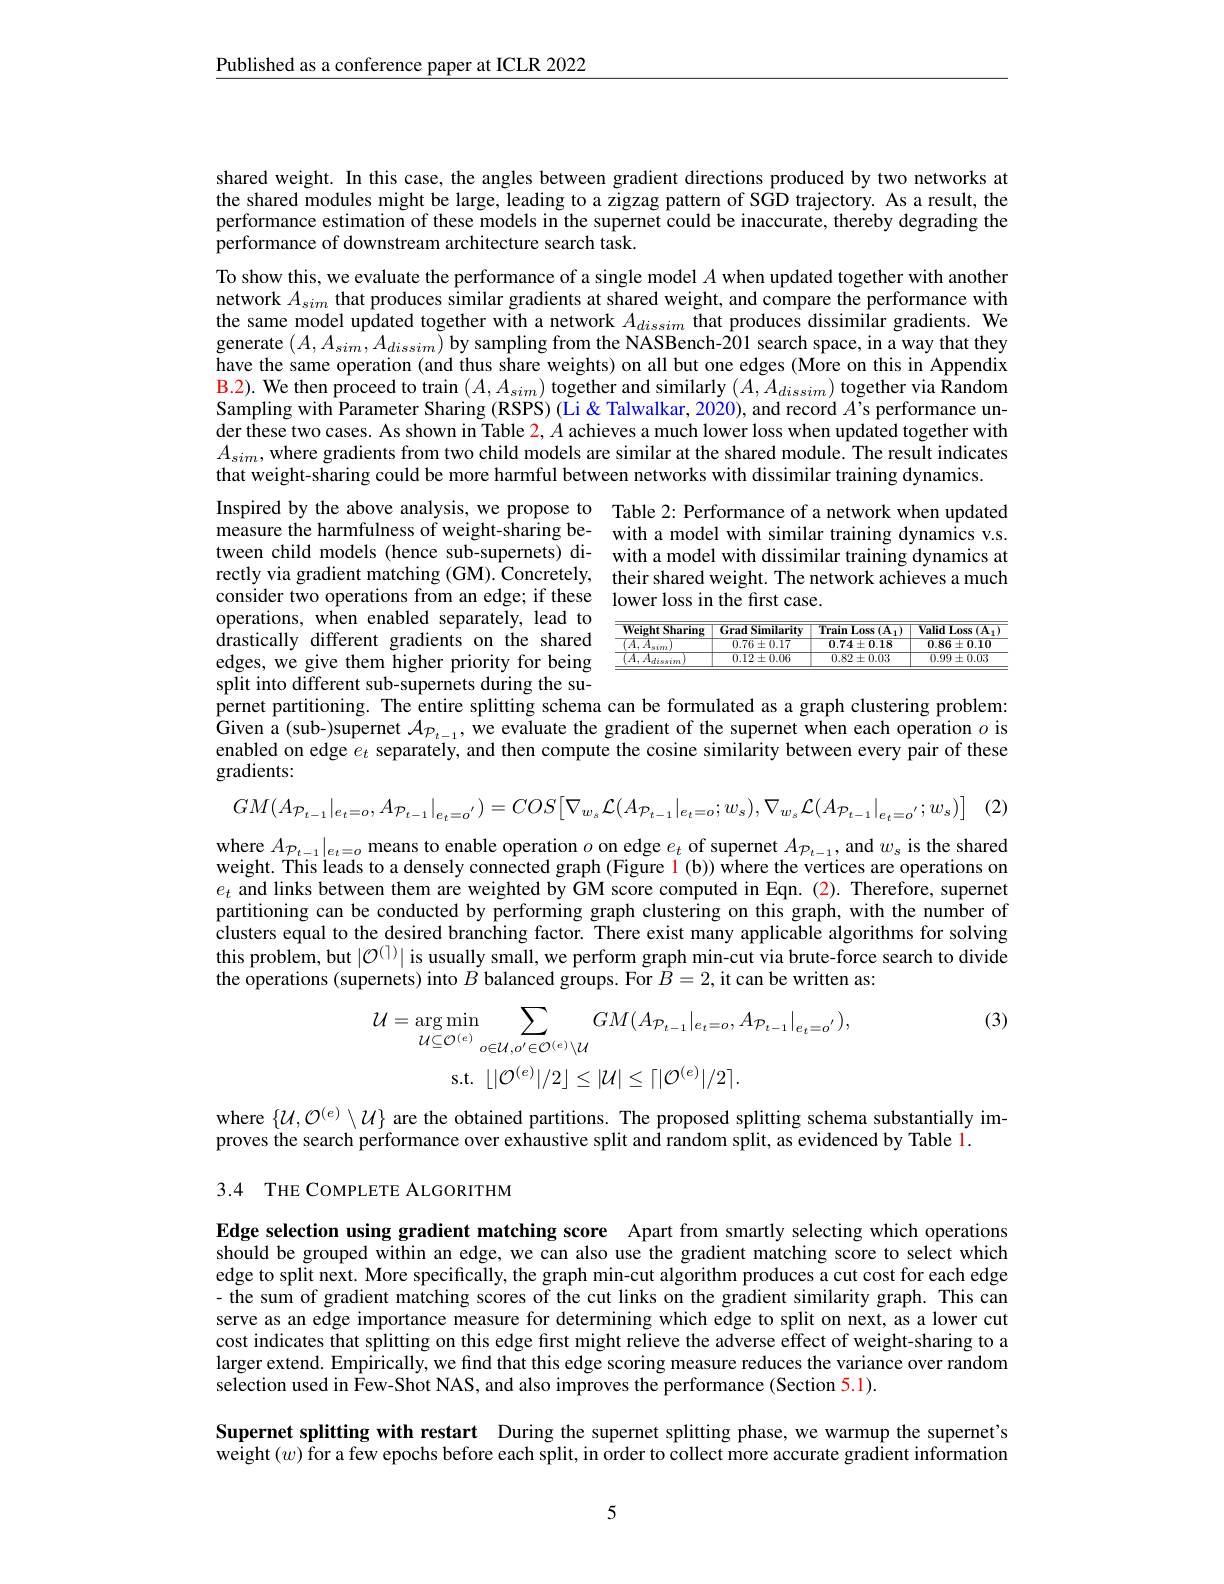
Published as a conference paper at ICLR 2022

shared weight. In this case, the angles between gradient directions produced by two networks at the shared modules might be large, leading to a zigzag pattern of SGD trajectory. As a result, the performance estimation of these models in the supernet could be inaccurate, thereby degrading the performance of downstream architecture search task.

To show this, we evaluate the performance of a single model $A$ when updated together with another network $A_{sim}$ that produces similar gradients at shared weight, and compare the performance with the same model updated together with a network $A_{dissim}$ that produces dissimilar gradients. We generate $(A,A_{sim},A_{dissim})$ by sampling from the NASBench-201 search space, in a way that they have the same operation (and thus share weights) on all but one edges (More on this in Appendix B.2). We then proceed to train $(A,A_{sim})$ together and similarly $(A,A_{dissim})$ together via Random Sampling with Parameter Sharing (RSPS) (Li& Talwalkar, 2020), and record $A^{\prime}$s performance under these two cases. As shown in Table $\color{red}2,A$ achieves a much lower loss when updated together with $A_{sim}$,where gradients from two child models are similar at the shared module. The result indicates that weight-sharing could be more harmful between networks with dissimilar training dynamics.

Inspired by the above analysis, we propose to Table 2: Performance of a network when updated measure the harmfulness of weight-sharing be- with a model with similar training dynamics v.s. tween child models (hence sub-supernets) di- with a model with dissimilar training dynamics at rectly via gradient matching (GM). Concretely, their shared weight. The network achieves a much consider two operations from an edge; if these lower loss in the first case.

operations, when enabled separately, lead to drastically different gradients on the shared edges, we give them higher priority for being split into different sub-supernets during the supernet partitioning. The entire splitting schema can be formulated as a graph clustering problem: Given a (sub-)supernet $\mathcal{A}_{\mathcal{P}_{t-1}}$, we evaluate the gradient of the supernet when each operation $o$ is enabled on edge $e_t$ separately, and then compute the cosine similarity between every pair of these

<table>
	<tbody>
		<tr>
			<th>Weight Sharing</th>
			<th>Grad Similarity</th>
			<th>Train Loss $(A_{1})$ 2</th>
			<th>Valid Loss $\overline{:(\mathbf{A}_{\mathrm{j}}}$</th>
		</tr>
		<tr>
			<td> </td>
			<td>$0.76\pm0.17$</td>
			<td>$\mathbf{0.74\pm0.18}$</td>
			<td>$0.86\pm0.10$</td>
		</tr>
		<tr>
			<td>$d_{issim}$ </td>
			<td>$0.12\pm0.06$</td>
			<td>$0.82\pm0.03$</td>
			<td>$0.99\pm0.03$</td>
		</tr>
	</tbody>
</table>

gradients:

$GM( Ap_{t- 1}| _{e_t= o}, Ap_{t- 1}| _{e_t= o^{\prime }}) = COS\left [ \nabla _{w_s}\mathcal{L} ( Ap_{t- 1}| _{e_t= o}; w_s) , \nabla _{w_s}\mathcal{L} ( Ap_{t- 1}| _{e_t= o^{\prime }}; w_s) \right ]$ (2)

where $A_{\mathcal{P}_{t-1}}|_{e_{t}=o}$ means to enable operation $o$ on edge $e_t$ of supernet $A_{\mathcal{P}_{t-1}}$, and $w_s$ is the shared weight. This leads to a densely connected graph (Figure $\color{red}{\color{red}{1}}($b)) where the vertices are operations on $e_t$ and links between them are weighted by GM score computed in Eqn. (2). Therefore, supernet partitioning can be conducted by performing graph clustering on this graph, with the number of clusters equal to the desired branching factor. There exist many applicable algorithms for solving $\hat{\text{this problem, but }}|\mathcal{O}^{(1)}|$ is usually small, we perform graph min-cut via brute-force search to divide the operations (supernets) into $B$ balanced groups. For $B=2$,it can be written as

(3)
$$\begin{aligned}\mathcal{U}&=\arg\min_{\mathcal{U}\subseteq\mathcal{O}^{(e)}}\sum_{o\in\mathcal{U},o^{\prime}\in\mathcal{O}^{(e)}\setminus\mathcal{U}}GM(A_{\mathcal{P}_{t-1}}|_{e_{t}=o},A_{\mathcal{P}_{t-1}}|_{e_{t}=o^{\prime}}),\\&\mathrm{s.t.}\:\lfloor|\mathcal{O}^{(e)}|/2\rfloor\leq|\mathcal{U}|\leq\lceil|\mathcal{O}^{(e)}|/2\rceil.\end{aligned}$$
where $\{\mathcal{U},\mathcal{O}^{(e)}\setminus\mathcal{U}\}$ are the obtained partitions. The proposed splitting schema substantially im-
proves the search performance over exhaustive split and random split, as evidenced by Table 1.
3.4 THE COMPLETE ALGORITHM

Edge selection using gradient matching score Apart from smartly selecting which operations should be grouped within an edge, we can also use the gradient matching score to select which edge to split next. More specifically, the graph min-cut algorithm produces a cut cost for each edge - the sum of gradient matching scores of the cut links on the gradient similarity graph. This can serve as an edge importance measure for determining which edge to split on next, as a lower cut cost indicates that splitting on this edge fırst might relieve the adverse effect of weight-sharing to a larger extend. Empirically, we find that this edge scoring measure reduces the variance over random selection used in Few-Shot NAS, and also improves the performance (Section 5.1).

Supernet splitting with restart During the supernet splitting phase, we warmup the supernet's weight $(w)$ for a few epochs before each split, in order to collect more accurate gradient information

5